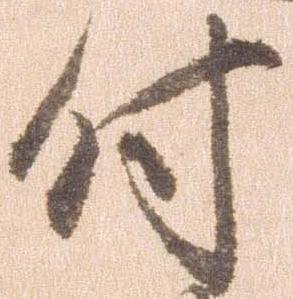
付